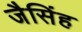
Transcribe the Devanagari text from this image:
जैसिंह